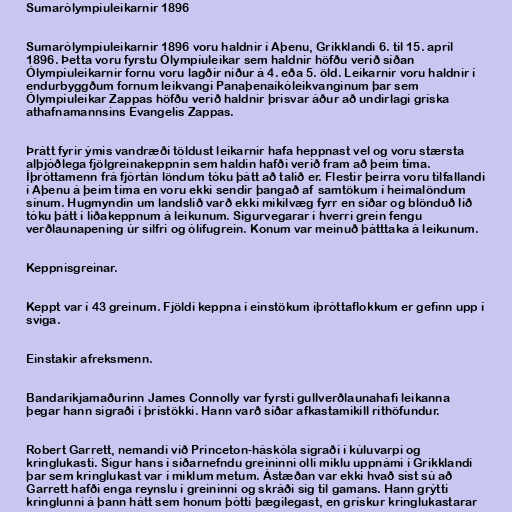
Sumarólympíuleikarnir 1896

Sumarólympíuleikarnir 1896 voru haldnir í Aþenu, Grikklandi 6. til 15. apríl
1896. Þetta voru fyrstu Ólympíuleikar sem haldnir höfðu verið síðan
Ólympíuleikarnir fornu voru lagðir niður á 4. eða 5. öld. Leikarnir voru haldnir í
endurbyggðum fornum leikvangi Panaþenaíkóleikvanginum þar sem
Ólympíuleikar Zappas höfðu verið haldnir þrisvar áður að undirlagi gríska
athafnamannsins Evangelis Zappas.

Þrátt fyrir ýmis vandræði töldust leikarnir hafa heppnast vel og voru stærsta
alþjóðlega fjölgreinakeppnin sem haldin hafði verið fram að þeim tíma.
Íþróttamenn frá fjórtán löndum tóku þátt að talið er. Flestir þeirra voru tilfallandi
í Aþenu á þeim tíma en voru ekki sendir þangað af samtökum í heimalöndum
sínum. Hugmyndin um landslið varð ekki mikilvæg fyrr en síðar og blönduð lið
tóku þátt í liðakeppnum á leikunum. Sigurvegarar í hverri grein fengu
verðlaunapening úr silfri og ólífugrein. Konum var meinuð þátttaka á leikunum.

Keppnisgreinar.

Keppt var í 43 greinum. Fjöldi keppna í einstökum íþróttaflokkum er gefinn upp í
sviga.

Einstakir afreksmenn.

Bandaríkjamaðurinn James Connolly var fyrsti gullverðlaunahafi leikanna
þegar hann sigraði í þrístökki. Hann varð síðar afkastamikill rithöfundur.

Robert Garrett, nemandi við Princeton-háskóla sigraði í kúluvarpi og
kringlukasti. Sigur hans í síðarnefndu greininni olli miklu uppnámi í Grikklandi
þar sem kringlukast var í miklum metum. Ástæðan var ekki hvað síst sú að
Garrett hafði enga reynslu í greininni og skráði sig til gamans. Hann grýtti
kringlunni á þann hátt sem honum þótti þægilegast, en grískur kringlukastarar